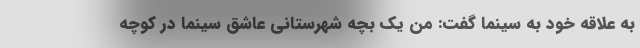
به علاقه خود به سینما گفت: من یک بچه شهرستانی عاشق سینما در کوچه‌